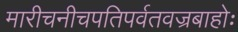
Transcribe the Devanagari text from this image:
मारीचनीचपतिपर्वतवज्रबाहोः